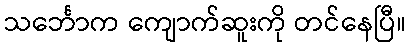
သင်္ဘောက ကျောက်ဆူးကို တင်နေပြီ။